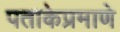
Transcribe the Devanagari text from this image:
पताकेप्रमाणे